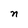
Character: n